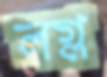
লগ্ল